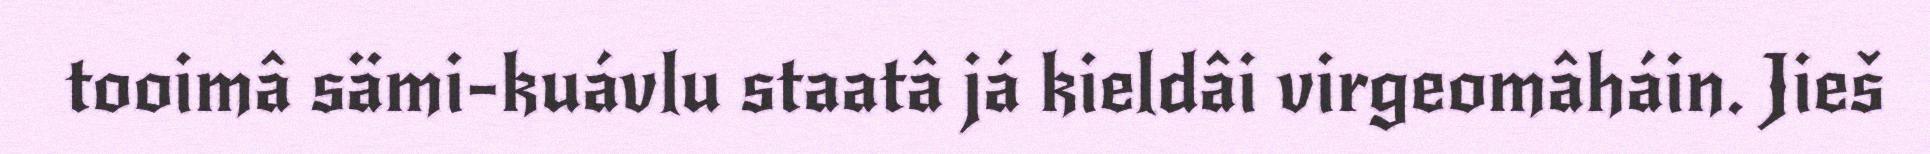
tooimâ sämi-kuávlu staatâ já kieldâi virgeomâháin. Jieš